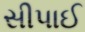
સીપાઈ